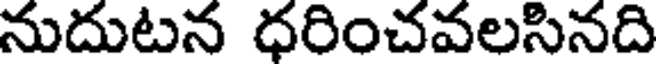
నుదుటన ధరించవలసినది